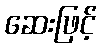
ဆေးဖြင့်